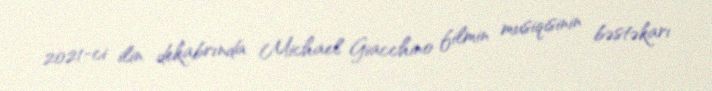
2021-ci ilin dekabrında Michael Giacchino filmin musiqisinin bəstəkarı